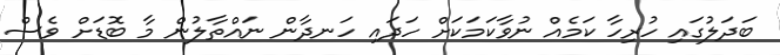
ބަދަލުގައި ހުރިހާ ކަމެއް ނުވާކަމަކަށް ހަދައި ހަނދާން ނައްތާލުން މާ ބޮޑަށް ވެސް